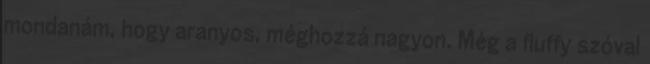
mondanám, hogy aranyos, méghozzá nagyon. Még a fluffy szóval